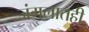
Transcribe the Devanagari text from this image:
जंगलातही